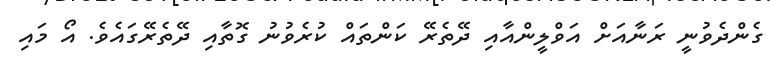
ގެންދެވުނީ ރަނާއަށް އަވްލީންއާއި ދޭތެރޭ ކަންތައް ކުރެވުނު ގޮތާއި ދޭތެރޭގައެވެ. އޯ މައި